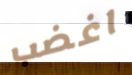
اغضب